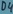
Text: D4